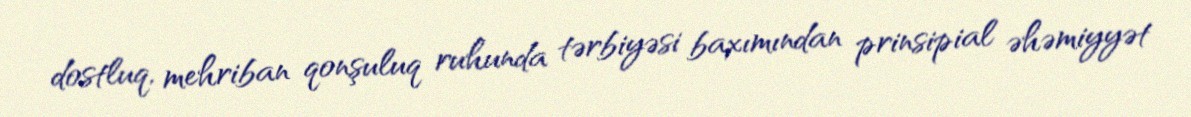
dostluq, mehriban qonşuluq ruhunda tərbiyəsi baxımından prinsipial əhəmiyyət